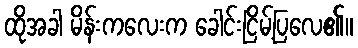
ထိုအခါ မိန်းကလေးက ခေါင်းငြိမ့်ပြလေ၏။